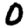
Digit: 0